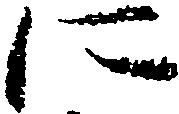
に